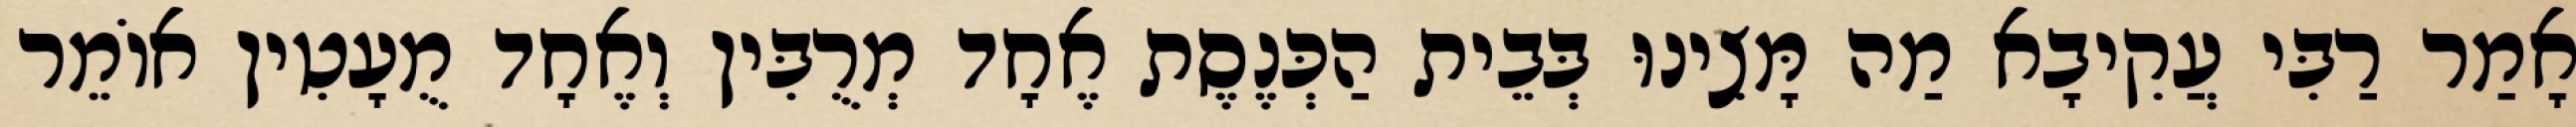
אָמַר רַבִּי עֲקִיבָא מַה מָּצִינוּ בְּבֵית הַכְּנֶסֶת אֶחָד מְרֻבִּין וְאֶחָד מֻעָטִין אוֹמֵר